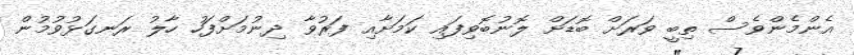
އެންމެންވެސް ތިބީ ވަރަށް ބޮޑަށް ލޮނުބޮވިފައި ކަމަށާއި ފަރުވާ ދިނުމަށްފަހު ހާލު ރަނގަޅުވުމުން